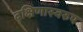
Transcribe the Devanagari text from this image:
दक्षिणास्वरुप